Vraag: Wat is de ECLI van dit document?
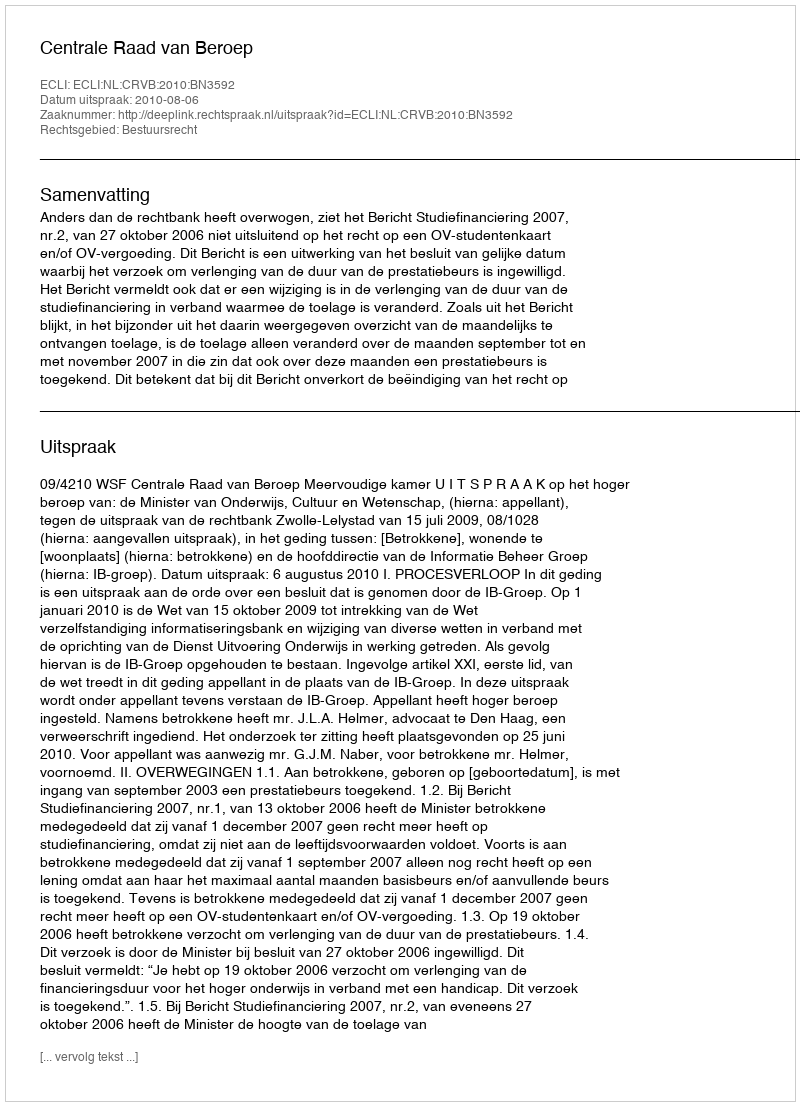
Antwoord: ECLI:NL:CRVB:2010:BN3592